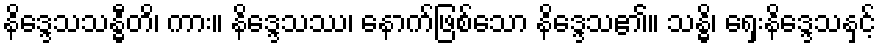
နိဒ္ဒေသသန္ဓီတိ၊ ကား။ နိဒ္ဒေသဿ၊ နောက်ဖြစ်သော နိဒ္ဒေသ၏။ သန္ဓိ၊ ရှေးနိဒ္ဒေသနှင့်